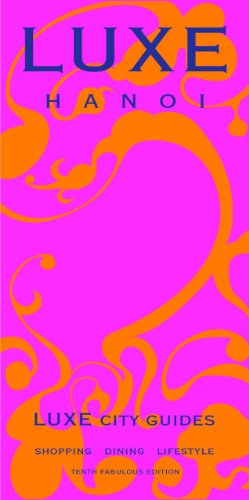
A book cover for LUXE Hanoi (LUXE City Guides); LUXE City Guides; Travel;